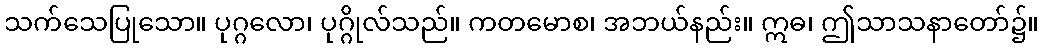
သက်သေပြုသော။ ပုဂ္ဂလော၊ ပုဂ္ဂိုလ်သည်။ ကတမောစ၊ အဘယ်နည်း။ ဣဓ၊ ဤသာသနာတော်၌။